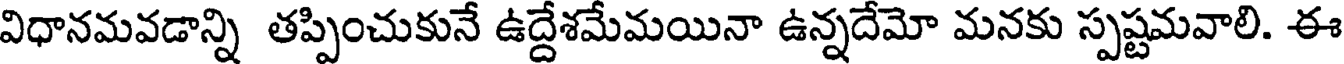
విధానమవడాన్ని తప్పించుకునే ఉద్దేశమేమయినా ఉన్నదేమో మనకు స్పష్టమవాలి. ఈ